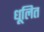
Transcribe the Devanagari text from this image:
धूलित